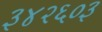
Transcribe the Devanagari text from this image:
३४२६०३